Civil Veterinary Department Bihar & Orissa reports 1911-21 - 1911-1921
Year: 1911
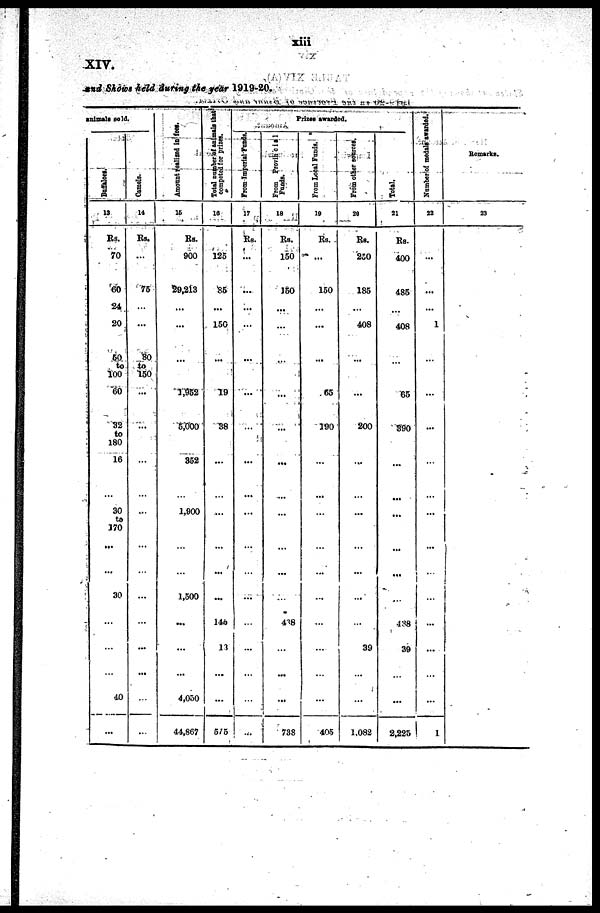
Xlll
XIV.
and Shows held during the year 1919-20.
animals sold.
13
Rs.
70
60
24
20
60
to
100
60
32
to
180
16
...
30
to
370
...
...
30
...
...
...
40
...
Camels
14
Rs.
...
75
...
...
80
to
150
...
...
...
...
...
...
...
...
...
...
...
...
...
Amount realized in fees.
15
Rs.
900
29,213
...
...
...
1,952
5,000
352
...
1,900
...
...
1,500
...
...
...
4,050
44,867
Total number of anlmala that
competed for prizes.
10
125
85
...
150
...
19
38
...
...
...
...
...
...
145
13
...
...
575
Prizes awarded.
From imperial Funds
17
Rs.
...
...
...
...
...
...
...
...
...
...
...
...
...
...
...
...
...
...
From provincial Funds
18
Re.
150
150
...
...
...
...
...
...
...
...
...
...
...
438
...
...
...
738
From Local Funds
19
Rs.
...
150
...
...
...
65
190
...
...
...
...
...
...
...
...
...
...
405
From other sources
20
Rs.
230
185
...
408
...
...
200
...
...
...
...
...
...
...
39
...
...
1,082
Total
21
Rs.
400
485
...
408
...
65
390
...
...
...
...
...
...
438
39
...
...
2,225
Number of medals awarded.
22
...
...
...
1
...
...
...
...
...
...
...
...
...
...
...
...
...
1
Remarks.
23